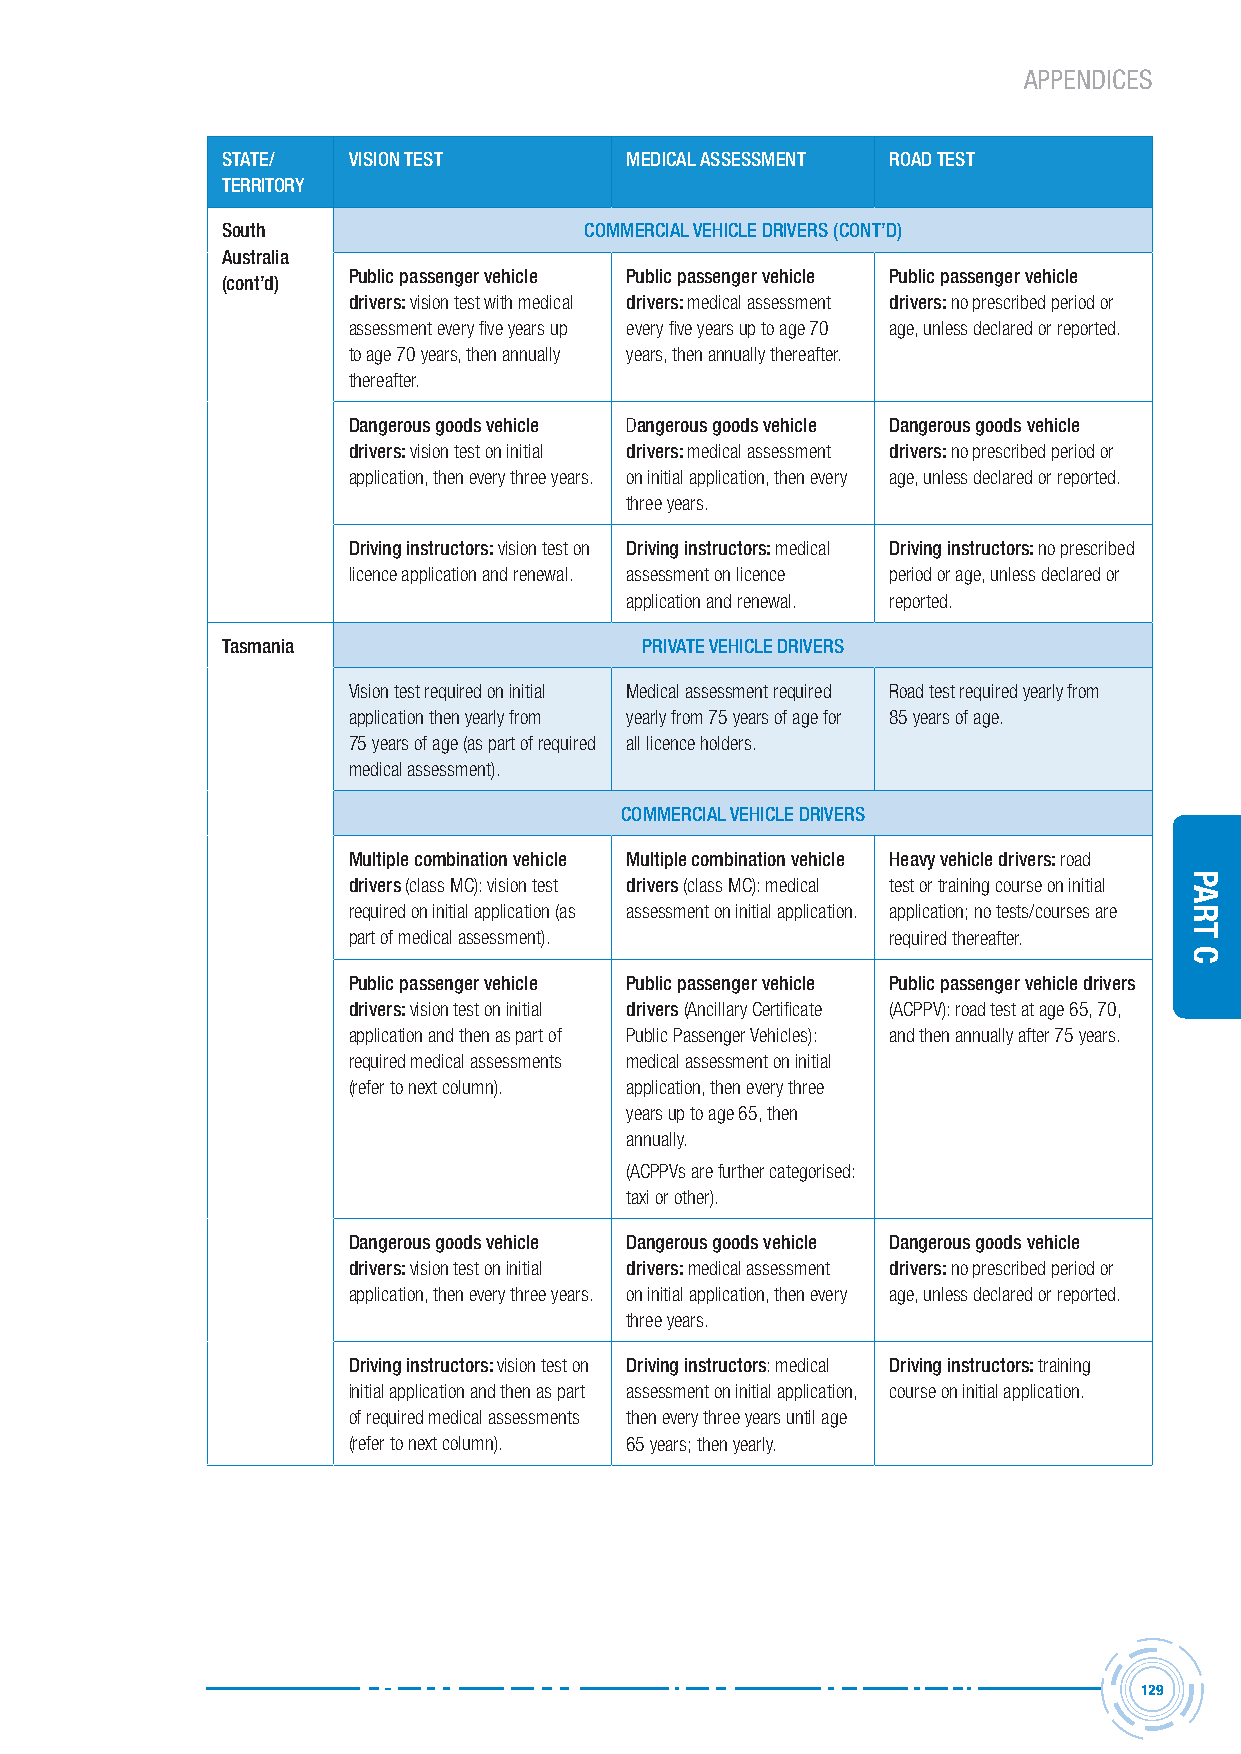
APPENDICES
 stAte/  vision test       MeDicAL AssessMent roAD test
 territorY
 south                   coMMerciAL vehicLe Drivers (cont’D)
 Australia
 Public passenger vehicle Public passenger vehicle Public passenger vehicle
 (cont’d)
 drivers: vision test with medical drivers: medical assessment drivers: no prescribed period or
 assessment every five years up every five years up to age 70 age, unless declared or reported.
 to age 70 years, then annually years, then annually thereafter.
 thereafter.
 Dangerous goods vehicle Dangerous goods vehicle Dangerous goods vehicle
 drivers: vision test on initial drivers: medical assessment drivers: no prescribed period or
 application, then every three years. on initial application, then every age, unless declared or reported.
 three years.
 Driving instructors: vision test on Driving instructors: medical Driving instructors: no prescribed
 licence application and renewal. assessment on licence period or age, unless declared or
 application and renewal. reported.
 tasmania                   PrivAte vehicLe Drivers
 Vision test required on initial Medical assessment required Road test required yearly from
 application then yearly from yearly from 75 years of age for 85 years of age.
 75 years of age (as part of required all licence holders.
 medical assessment).
 coMMerciAL vehicLe Drivers
 Multiple combination vehicle Multiple combination vehicle heavy vehicle drivers: road
 drivers (class MC): vision test drivers (class MC): medical test or training course on initial
 required on initial application (as assessment on initial application. application; no tests/courses are
 part of medical assessment).        required thereafter.
 Public passenger vehicle Public passenger vehicle Public passenger vehicle drivers
 drivers: vision test on initial drivers (Ancillary Certificate (ACPPV): road test at age 65, 70,
 application and then as part of Public Passenger Vehicles): and then annually after 75 years.
 required medical assessments medical assessment on initial
 (refer to next column). application, then every three
 years up to age 65, then
 annually.
 (ACPPVs are further categorised:
 taxi or other).
 Dangerous goods vehicle Dangerous goods vehicle Dangerous goods vehicle
 drivers: vision test on initial drivers: medical assessment drivers: no prescribed period or
 application, then every three years. on initial application, then every age, unless declared or reported.
 three years.
 Driving instructors: vision test on Driving instructors: medical Driving instructors: training
 initial application and then as part assessment on initial application, course on initial application.
 of required medical assessments then every three years until age
 (refer to next column). 65 years; then yearly.
 129
 Part
 C